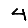
Digit: 4